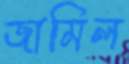
জামিল